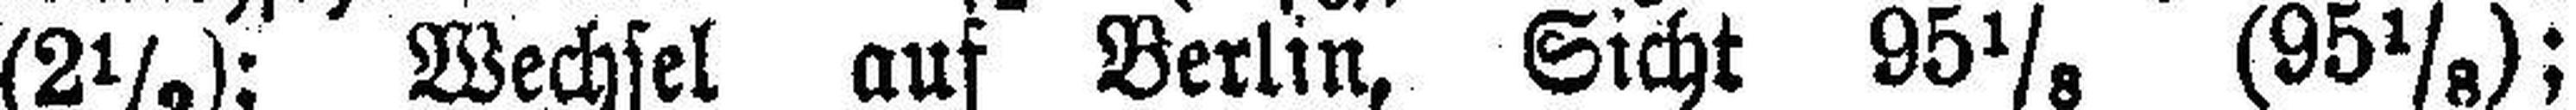
(2½); Wechsel auf Berlin, Sicht 95⅛ (95⅛);